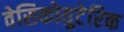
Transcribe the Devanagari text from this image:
वेसिकोयुटेरिक